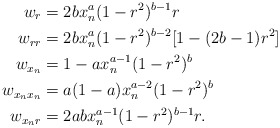
\begin{align*}w_{r}&= 2b x_n^a (1-r^2)^{b-1} r\\w_{rr}&= 2b x_n^a (1-r^2)^{b-2}[1-(2b-1) r^2]\\w_{x_n}&=1 -a x_n^{a-1}(1-r^2)^b\\w_{x_n x_n}&= a(1-a) x_n^{a-2}(1-r^2)^b\\w_{x_n r} &=2ab x_n^{a-1} (1-r^2)^{b-1} r.\end{align*}